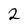
Character: 2